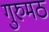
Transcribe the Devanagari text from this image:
गुरुमठ